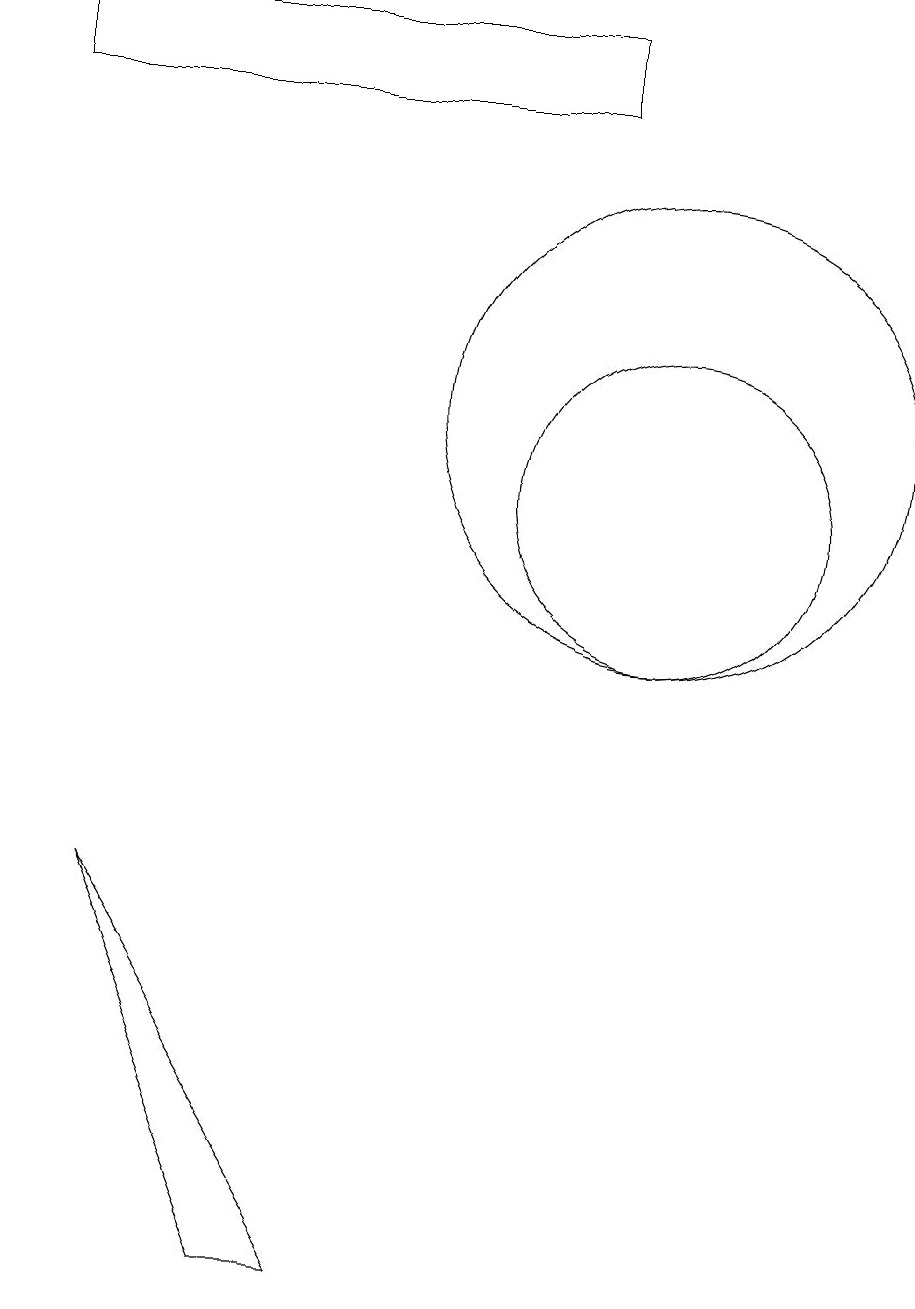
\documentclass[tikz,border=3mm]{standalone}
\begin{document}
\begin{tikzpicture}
\draw (3,6) -- (5,1) -- (6,1) -- cycle;
\draw (10,11) circle (2);
\draw (9,16) rectangle (2,17);
\draw (10,12) circle (3);
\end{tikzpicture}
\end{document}